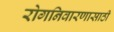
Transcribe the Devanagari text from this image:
रोगनिवारणासाठी